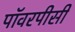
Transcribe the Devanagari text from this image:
पॉवरपीसी